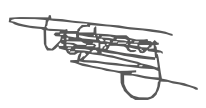
Text: using
Cross-out: mix
Writing tool: digital_gray